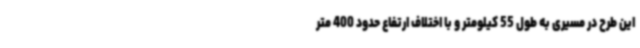
این طرح در مسیری به طول 55 کیلومتر و با اختلاف ارتفاع حدود 400 متر